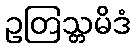
ဥတြသ္တမိဒံ